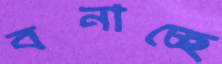
বনাচ্ছে